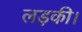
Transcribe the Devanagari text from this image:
लड़की।